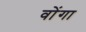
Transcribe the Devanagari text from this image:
वोंगा